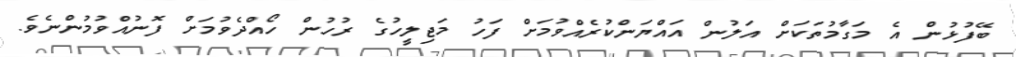
ބޭފުޅުން އެ މަގާމުތަކަށް އަލުން އައްޔަންކުރެއްވުމަށް ފަހު މަޖިލީހުގެ ރުހުން ހޯއްދެވުމަށް ފޮނުއްވުމުންނެވެ.